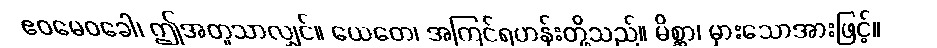
ဧဝမေဝခေါ၊ ဤအတူသာလျှင်။ ယေတေ၊ အကြင်ရဟန်းတို့သည်။ မိစ္ဆာ၊ မှားသောအားဖြင့်။